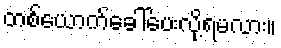
တစ်ယောက်ခေါ်ပေးလို့ရမလား။